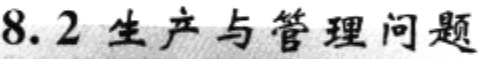
8.2 生产与管理问题